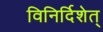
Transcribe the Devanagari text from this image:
विनिर्दिशेत्